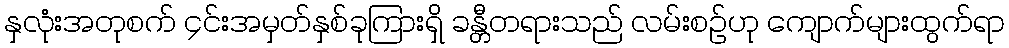
နှလုံးအတုစက် ၄င်းအမှတ်နှစ်ခုကြားရှိ ခန္တီတရားသည် လမ်းစဉ်ဟု ကျောက်များထွက်ရာ